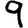
Digit: 9